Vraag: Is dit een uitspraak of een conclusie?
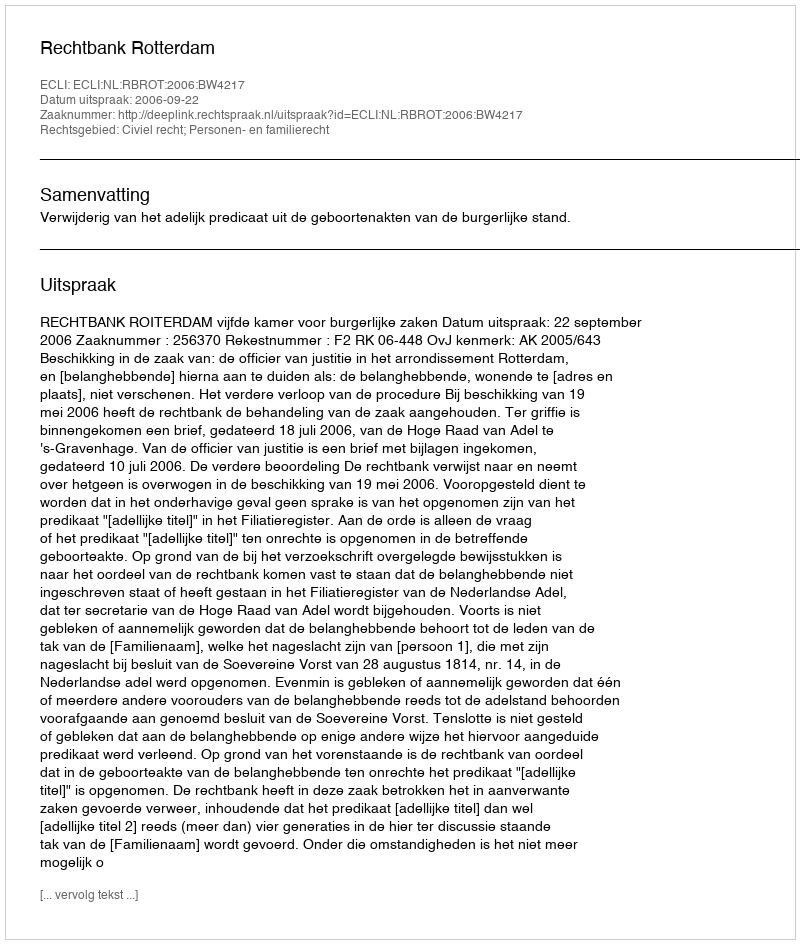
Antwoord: Uitspraak